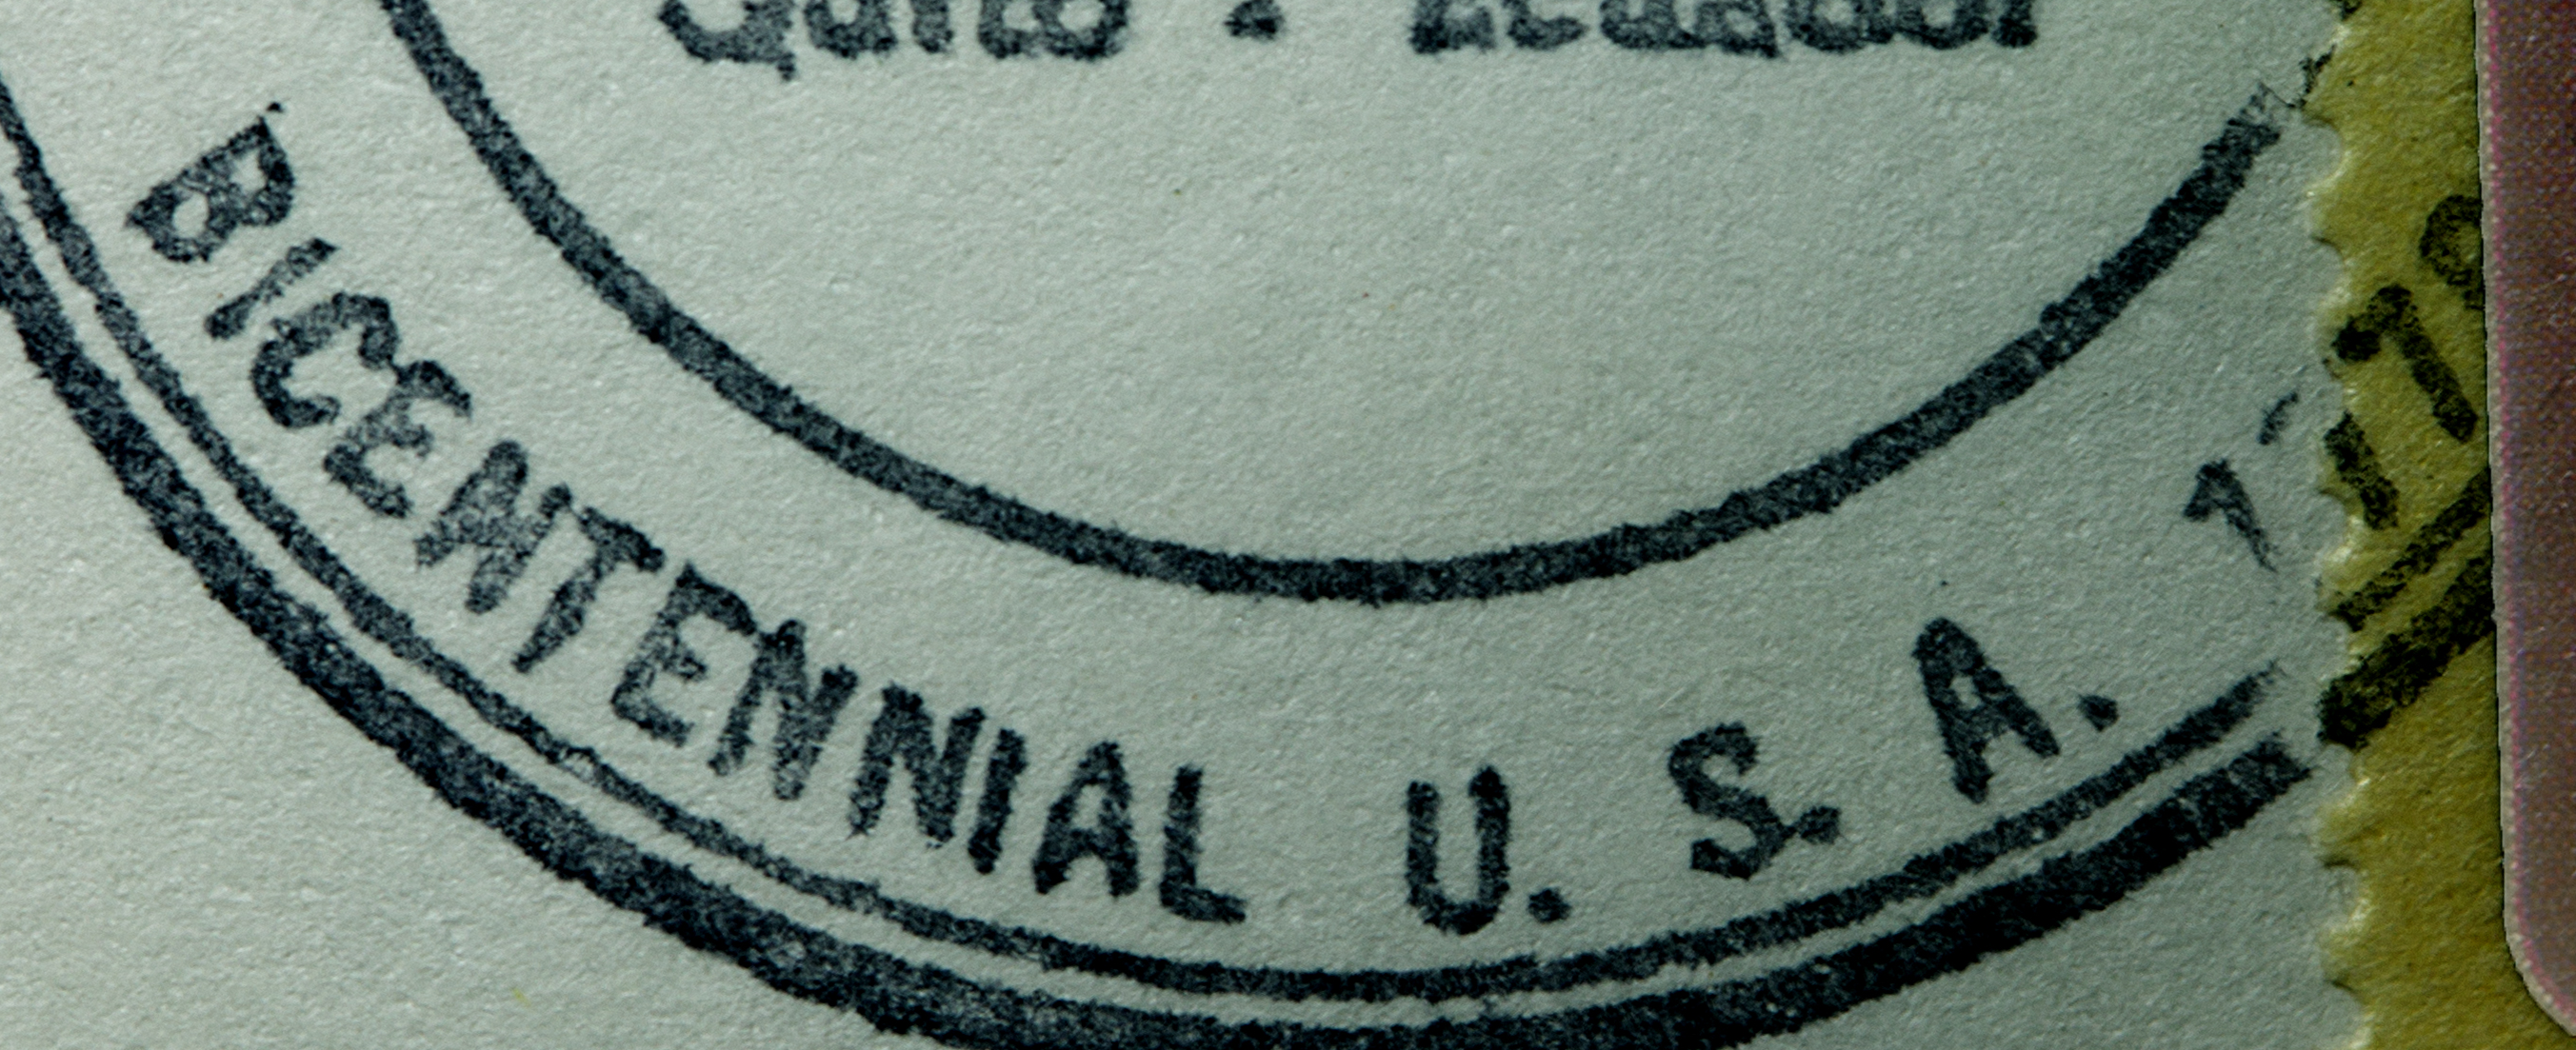
BICENTENNIAL U.S.A. 1779